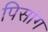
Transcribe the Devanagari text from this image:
पिसांग